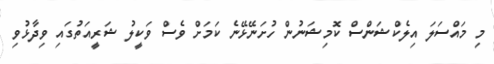
މި މައްސަލަ އިލެކްޝަންސް ކޮމިޝަނުން ހުށަނޭޅޭނެ ކަމަށް ވެސް ވަކީލު ޝަރީއަތުގައި ވިދާޅުވި